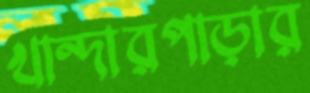
খান্দারপাড়ার